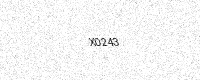
Text: X0243